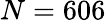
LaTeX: N=606